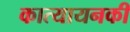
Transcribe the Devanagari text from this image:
कात्यायनकी